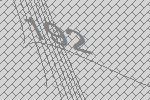
192